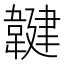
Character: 𲊤